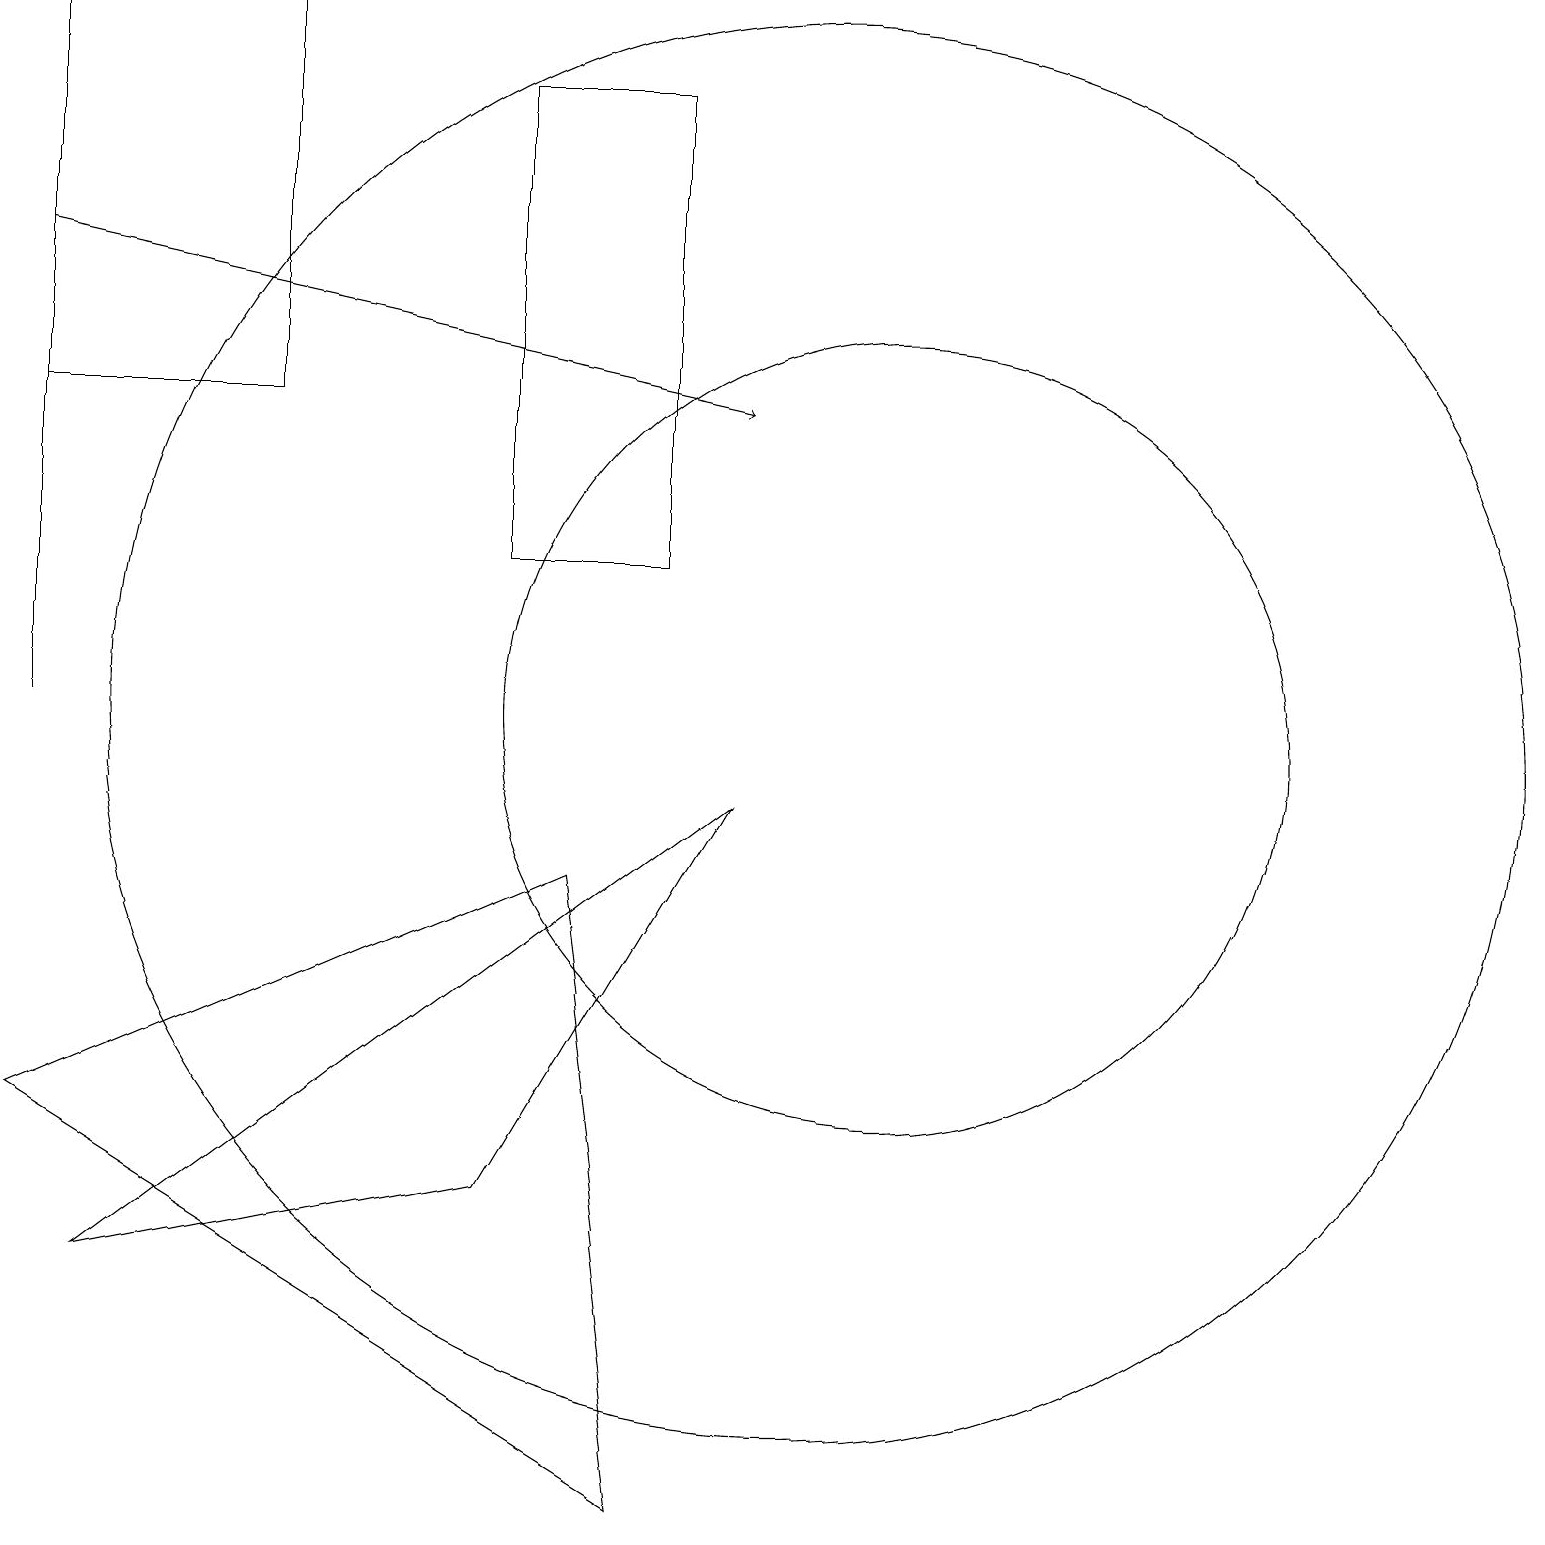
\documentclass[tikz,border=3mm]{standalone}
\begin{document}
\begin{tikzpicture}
\draw[->] (0,16) -- (9,14);
\draw (8,18) rectangle (6,12);
\draw (10,10) circle (9);
\draw (0,10) rectangle (0,17);
\draw (3,14) rectangle (0,19);
\draw (11,10) circle (5);
\draw (1,3) -- (6,4) -- (9,9) -- cycle;
\draw (7,8) -- (0,5) -- (8,0) -- cycle;
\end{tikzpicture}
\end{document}